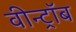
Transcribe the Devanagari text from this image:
वीन्ट्रॉब